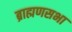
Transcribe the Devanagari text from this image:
ब्राह्मणसभा